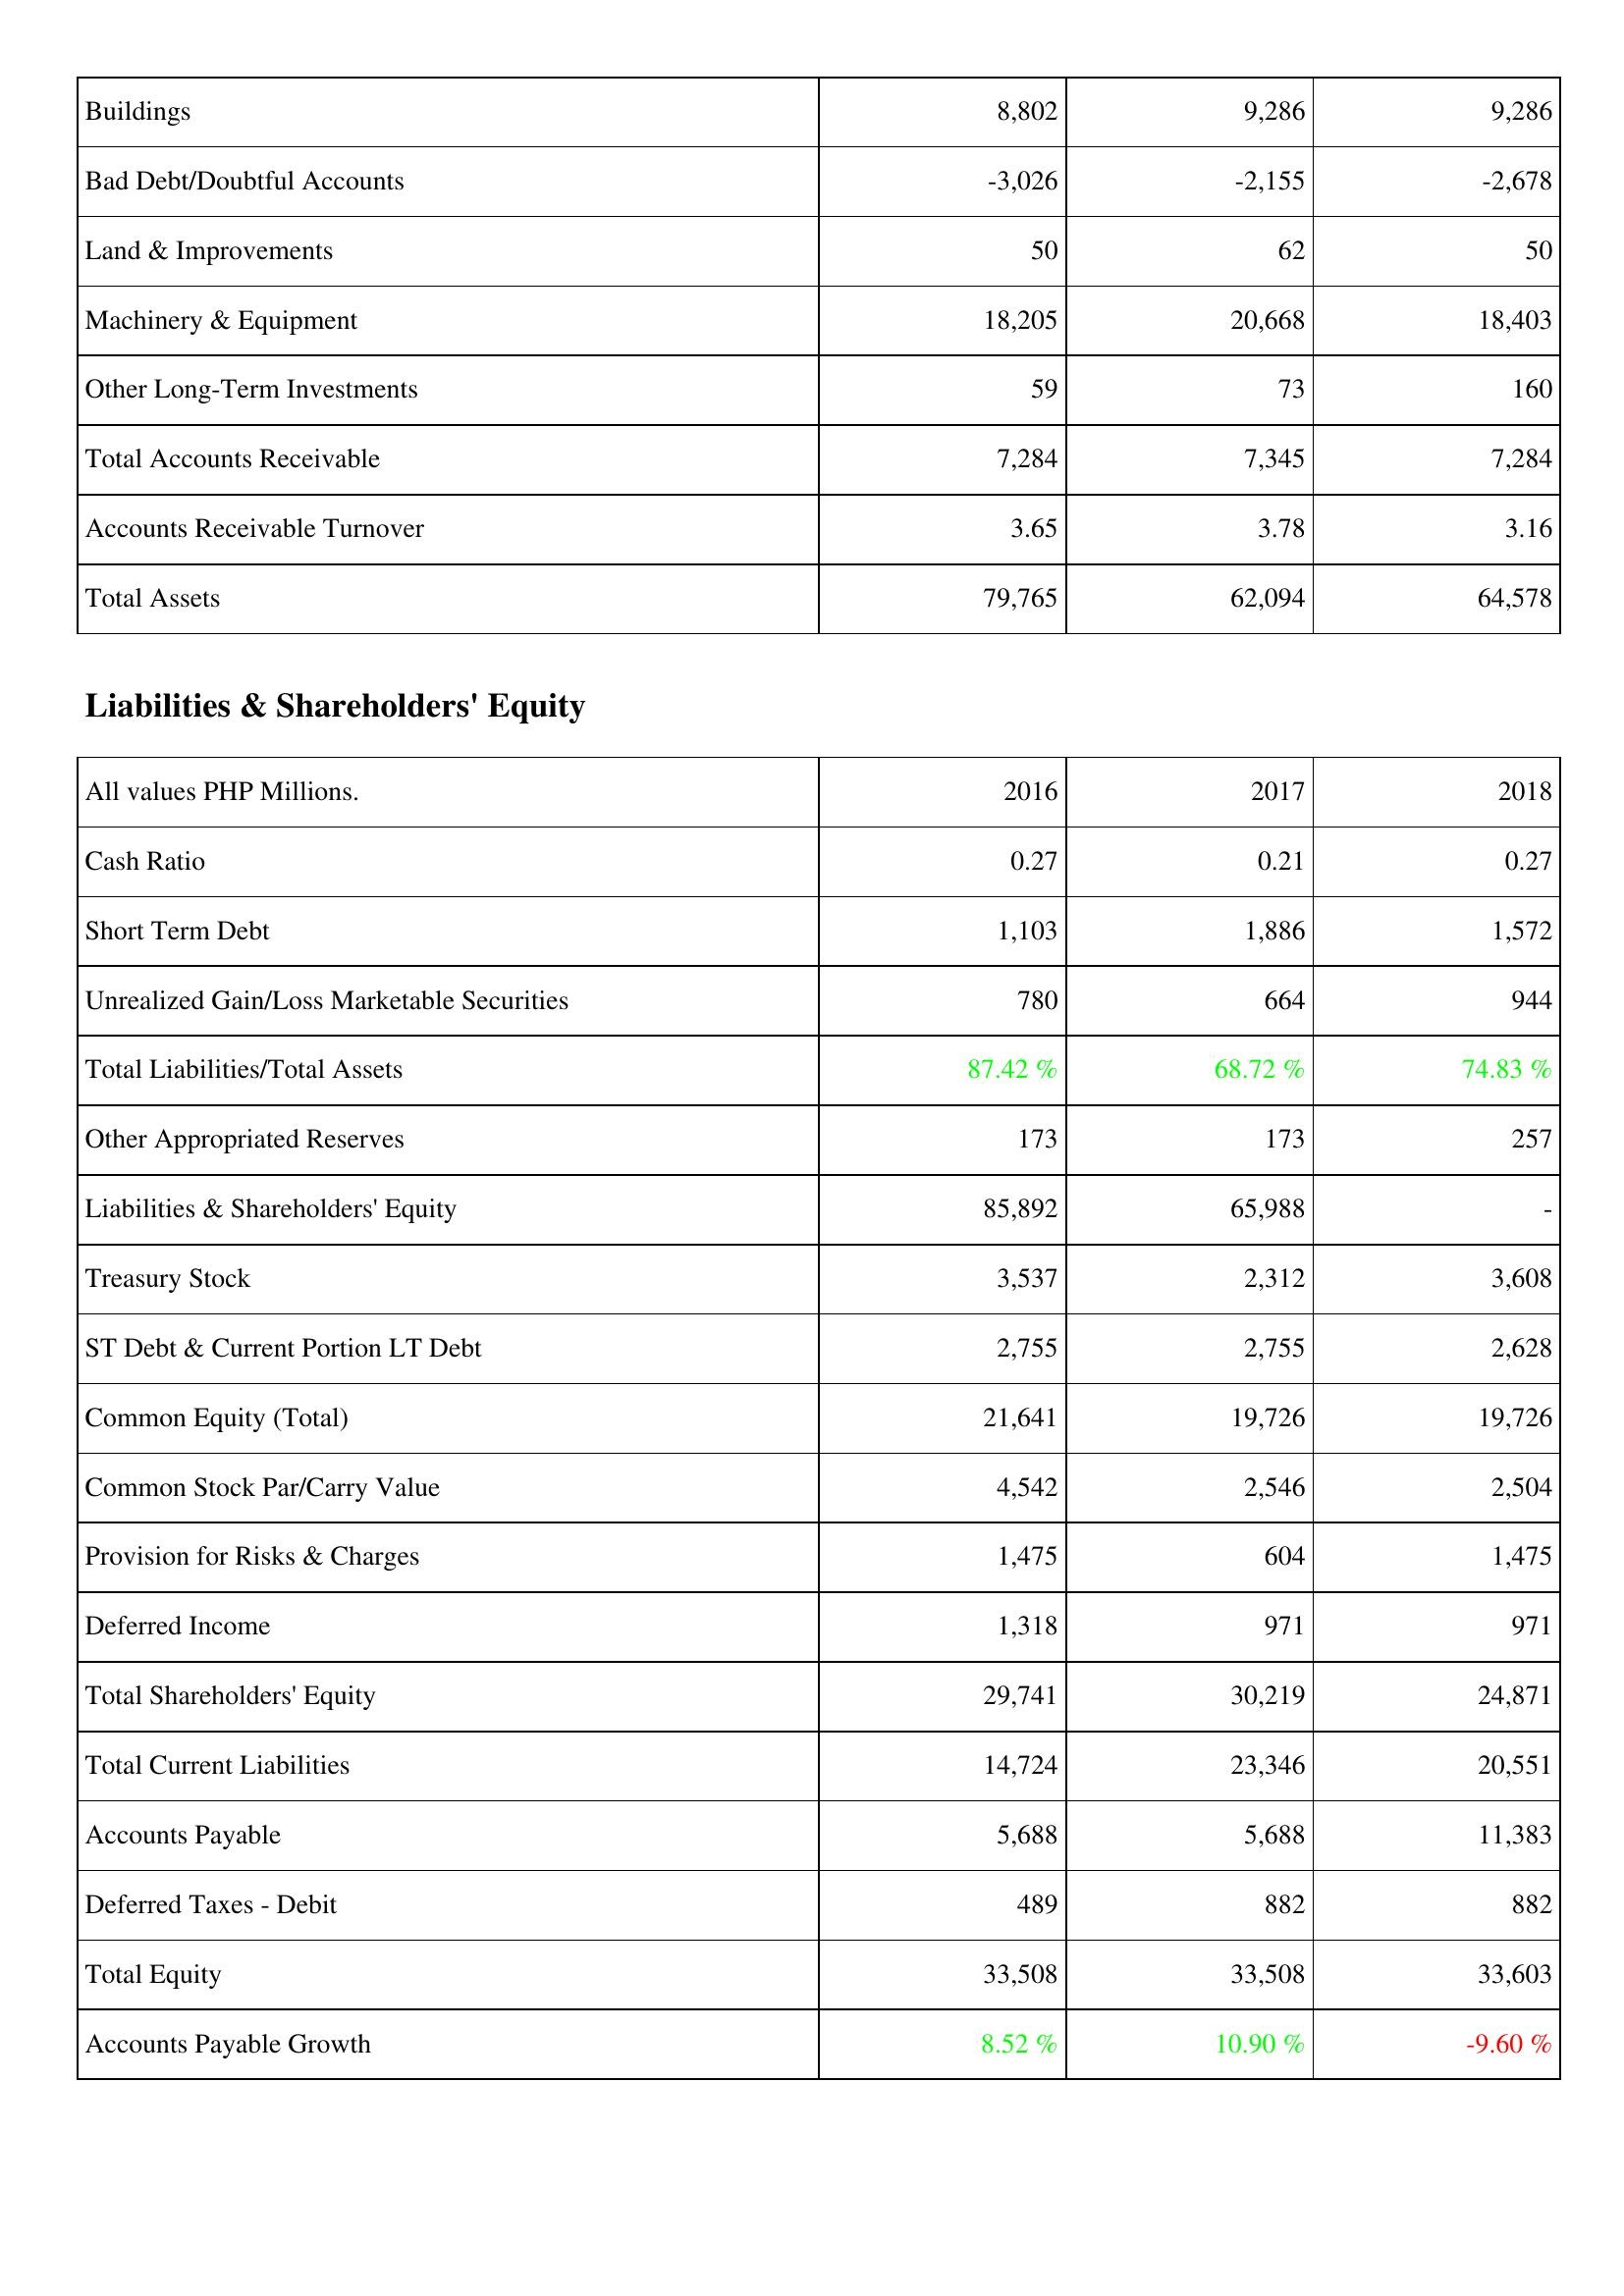
2016: Assets: Buildings: 8,802
Bad Debt/Doubtful Accounts: -3,026
Land & Improvements: 50
Machinery & Equipment: 18,205
Other Long-Term Investments: 59
Total Accounts Receivable: 7,284
Accounts Receivable Turnover: 3.65
Total Assets: 79,765
Liabilities & Shareholders' Equity: Cash Ratio: 0.27
Short Term Debt: 1,103
Unrealized Gain/Loss Marketable Securities: 780
Total Liabilities/Total Assets: 87.42 %
Other Appropriated Reserves: 173
Liabilities & Shareholders' Equity: 85,892
Treasury Stock: 3,537
ST Debt & Current Portion LT Debt: 2,755
Common Equity (Total): 21,641
Common Stock Par/Carry Value: 4,542
Provision for Risks & Charges: 1,475
Deferred Income: 1,318
Total Shareholders' Equity: 29,741
Total Current Liabilities: 14,724
Accounts Payable: 5,688
Deferred Taxes - Debit: 489
Total Equity: 33,508
Accounts Payable Growth: 8.52 %
2017: Assets: Buildings: 9,286
Bad Debt/Doubtful Accounts: -2,155
Land & Improvements: 62
Machinery & Equipment: 20,668
Other Long-Term Investments: 73
Total Accounts Receivable: 7,345
Accounts Receivable Turnover: 3.78
Total Assets: 62,094
Liabilities & Shareholders' Equity: Cash Ratio: 0.21
Short Term Debt: 1,886
Unrealized Gain/Loss Marketable Securities: 664
Total Liabilities/Total Assets: 68.72 %
Other Appropriated Reserves: 173
Liabilities & Shareholders' Equity: 65,988
Treasury Stock: 2,312
ST Debt & Current Portion LT Debt: 2,755
Common Equity (Total): 19,726
Common Stock Par/Carry Value: 2,546
Provision for Risks & Charges: 604
Deferred Income: 971
Total Shareholders' Equity: 30,219
Total Current Liabilities: 23,346
Accounts Payable: 5,688
Deferred Taxes - Debit: 882
Total Equity: 33,508
Accounts Payable Growth: 10.90 %
2018: Assets: Buildings: 9,286
Bad Debt/Doubtful Accounts: -2,678
Land & Improvements: 50
Machinery & Equipment: 18,403
Other Long-Term Investments: 160
Total Accounts Receivable: 7,284
Accounts Receivable Turnover: 3.16
Total Assets: 64,578
Liabilities & Shareholders' Equity: Cash Ratio: 0.27
Short Term Debt: 1,572
Unrealized Gain/Loss Marketable Securities: 944
Total Liabilities/Total Assets: 74.83 %
Other Appropriated Reserves: 257
Liabilities & Shareholders' Equity: -
Treasury Stock: 3,608
ST Debt & Current Portion LT Debt: 2,628
Common Equity (Total): 19,726
Common Stock Par/Carry Value: 2,504
Provision for Risks & Charges: 1,475
Deferred Income: 971
Total Shareholders' Equity: 24,871
Total Current Liabilities: 20,551
Accounts Payable: 11,383
Deferred Taxes - Debit: 882
Total Equity: 33,603
Accounts Payable Growth: -9.60 %